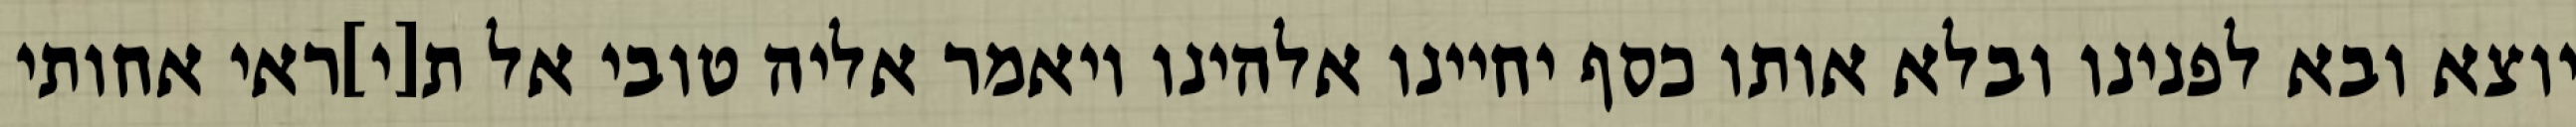
יוצא ובא לפנינו ובלא אותו כסף יחיינו אלהינו ויאמר אליה טובי אל ת[י]ראי אחותי